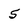
Character: 5